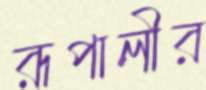
রূপালীর